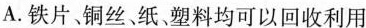
A.铁片、铜丝、纸、塑料均可以回收利用